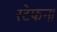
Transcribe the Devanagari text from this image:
स्टेफन।